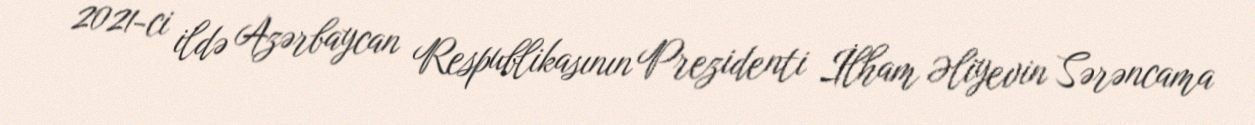
2021-ci ildə Azərbaycan Respublikasının Prezidenti İlham Əliyevin Sərəncama